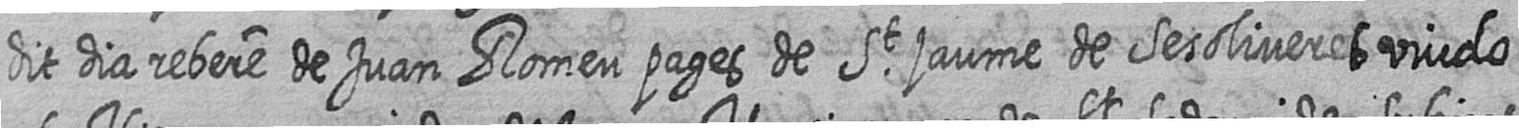
dit dia rebere de Juan Romeu pages de St jaume de Sesoliveres viudo